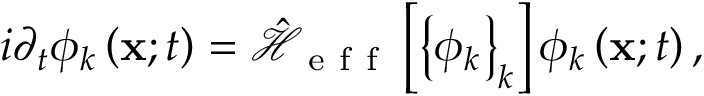
i \partial _ { t } \phi _ { k } \left( { \bf x } ; t \right) = \hat { \mathcal { H } } _ { \mathrm { ~ e ~ f ~ f ~ } } \left[ \left\{ \phi _ { k } \right\} _ { k } \right] \phi _ { k } \left( { \bf x } ; t \right) ,